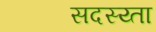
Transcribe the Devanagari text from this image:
सदस्य्ता